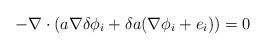
LaTeX: \begin{align*}-\nabla\cdot(a\nabla\delta\phi_i+\delta a(\nabla\phi_i+e_i))=0\end{align*}